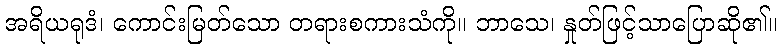
အရိယရုဒံ၊ ကောင်းမြတ်သော တရားစကားသံကို။ ဘာသေ၊ နှုတ်ဖြင့်သာပြောဆို၏။